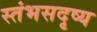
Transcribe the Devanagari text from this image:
स्तंभसदृष्य